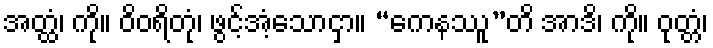
အတ္ထံ၊ ကို။ ဝိဝရိတုံ၊ ဖွင့်အံ့သောငှာ။ “ကေနဿူ”တိ အာဒိ၊ ကို။ ဝုတ္တံ၊